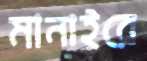
মানাইরে